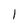
Character: 1